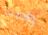
واصلنا